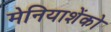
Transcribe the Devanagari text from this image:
मेनियाशेंको